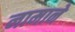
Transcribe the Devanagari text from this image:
नामाने